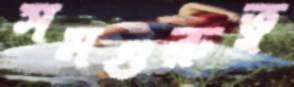
সমগুরুত্ব